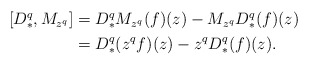
\begin{align*}\begin{aligned}[D_*^q,M_{z^q}]&=D^q_*M_{z^q}(f)(z)-M_{z^q}D_*^q(f)(z)\\&=D^q_*(z^qf)(z)-z^qD_*^q(f)(z).\end{aligned}\end{align*}